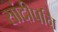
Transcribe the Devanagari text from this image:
सांदीपनि